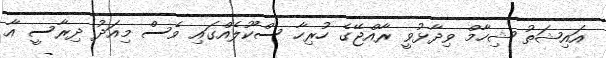
އައިޝަތު ޝިހާމް ވިދާޅުވީ ރާއްޖޭގެ ހުރިހާ ސްކޫލެއްގައި ވެސް މިއަދު ދިރާސީ އާ